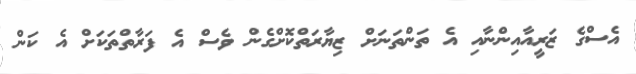
އެސްގެ ޒަރީއާއިންނާއި އެ ތަންތަނަށް ޒިޔާރަތްކޮށްގެން ވެސް އެ ފަރާތްތަކަށް އެ ކަން